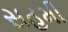
સહમી